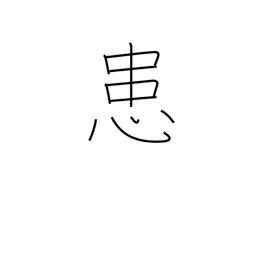
Meaning: afflicted